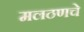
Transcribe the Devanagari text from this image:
मलठणचे